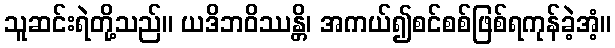
သူဆင်းရဲတို့သည်။ ယဒိဘဝိဿန္တိ၊ အကယ်၍စင်စစ်ဖြစ်ရကုန်ခဲ့အံ့။